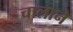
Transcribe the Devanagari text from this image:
चालाने